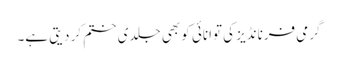
گرمی فرنانڈیز کی توانائی کو بھی جلدی ختم کر دیتی ہے۔